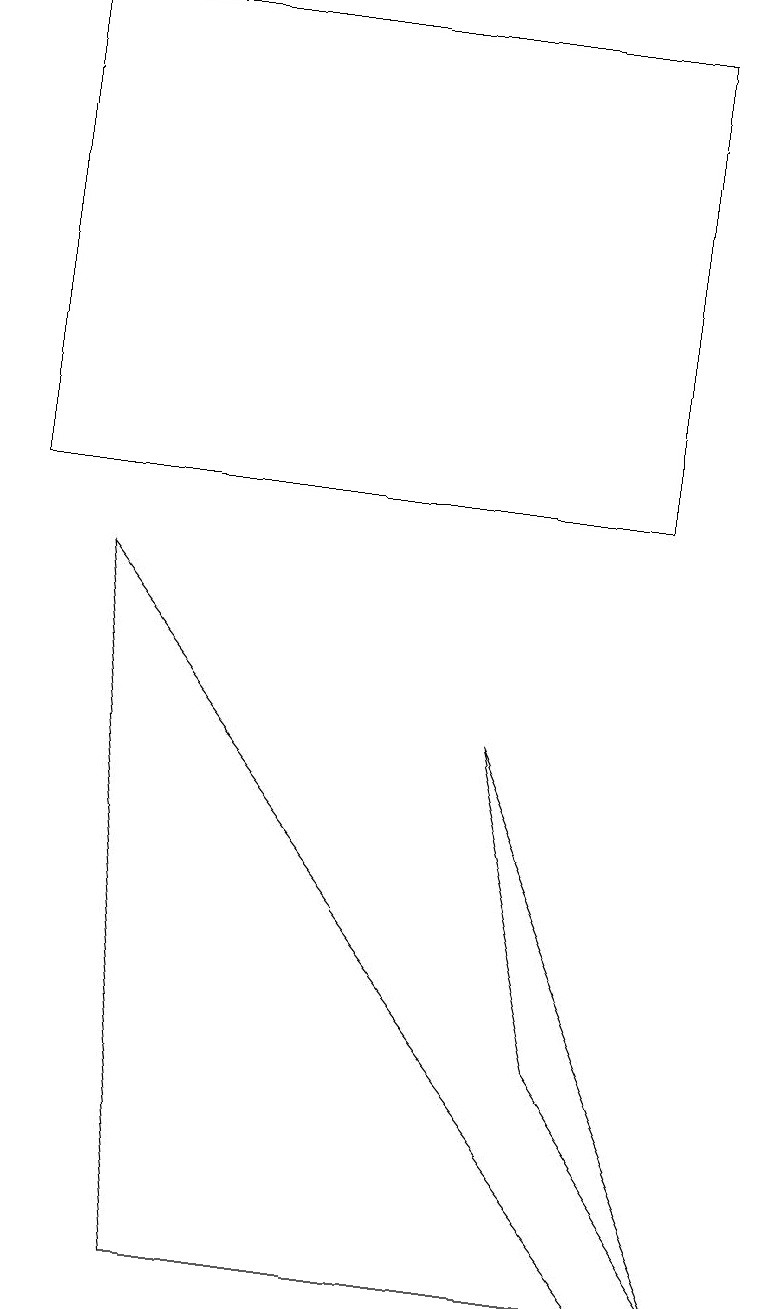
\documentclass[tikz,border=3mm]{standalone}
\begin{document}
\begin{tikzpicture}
\draw (1,9) -- (2,0) -- (8,0) -- cycle;
\draw (6,7) -- (9,0) -- (7,3) -- cycle;
\draw (8,16) rectangle (0,10);
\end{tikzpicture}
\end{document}